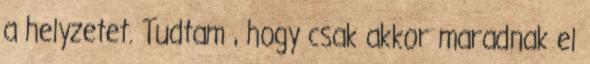
a helyzetet. Tudtam , hogy csak akkor maradnak el